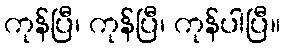
ကုန်ပြီ၊ ကုန်ပြီ၊ ကုန်ပါပြီ။